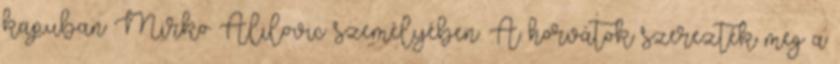
kapuban Mirko Alilovic személyében. A horvátok szerezték meg a